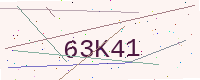
Text: 63K41